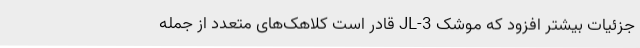
جزئیات بیشتر افزود که موشک JL-3 قادر است کلاهک‌های متعدد از جمله